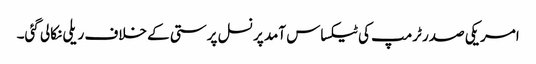
امریکی صدر ٹرمپ کی ٹیکساس آمد پر نسل پرستی کے خلاف ریلی نکالی گئی۔